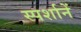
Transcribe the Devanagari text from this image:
स्पर्शानें